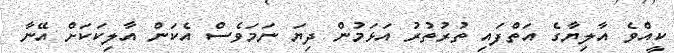
ކީއްވެ އާލިޔާގެ އަތްފައި ތުރުތުރު އަޅަމުން ދިޔަ ނަމަވެސް އެކަން އާލިކަކަށް އޭނާ